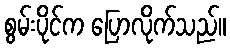
စွမ်းပိုင်က ပြောလိုက်သည်။